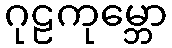
ဂုဠကုမ္ဘော